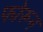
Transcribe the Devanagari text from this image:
फोरून